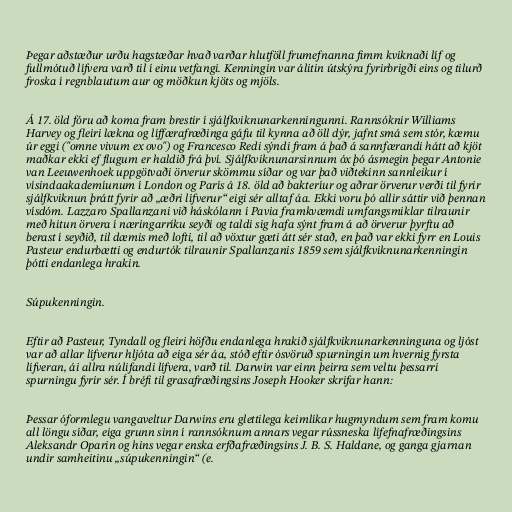
Þegar aðstæður urðu hagstæðar hvað varðar hlutföll frumefnanna fimm kviknaði líf og
fullmótuð lífvera varð til í einu vetfangi. Kenningin var álitin útskýra fyrirbrigði eins og tilurð
froska í regnblautum aur og möðkun kjöts og mjöls.

Á 17. öld fóru að koma fram brestir í sjálfkviknunarkenningunni. Rannsóknir Williams
Harvey og fleiri lækna og líffærafræðinga gáfu til kynna að öll dýr, jafnt smá sem stór, kæmu
úr eggi ("omne vivum ex ovo") og Francesco Redi sýndi fram á það á sannfærandi hátt að kjöt
maðkar ekki ef flugum er haldið frá því. Sjálfkviknunarsinnum óx þó ásmegin þegar Antonie
van Leeuwenhoek uppgötvaði örverur skömmu síðar og var það viðtekinn sannleikur í
vísindaakademíunum í London og París á 18. öld að bakteríur og aðrar örverur verði til fyrir
sjálfkviknun þrátt fyrir að „æðri lífverur“ eigi sér alltaf áa. Ekki voru þó allir sáttir við þennan
vísdóm. Lazzaro Spallanzani við háskólann í Pavia framkvæmdi umfangsmiklar tilraunir
með hitun örvera í næringarríku seyði og taldi sig hafa sýnt fram á að örverur þyrftu að
berast í seyðið, til dæmis með lofti, til að vöxtur gæti átt sér stað, en það var ekki fyrr en Louis
Pasteur endurbætti og endurtók tilraunir Spallanzanis 1859 sem sjálfkviknunarkenningin
þótti endanlega hrakin.

Súpukenningin.

Eftir að Pasteur, Tyndall og fleiri höfðu endanlega hrakið sjálfkviknunarkenninguna og ljóst
var að allar lífverur hljóta að eiga sér áa, stóð eftir ósvöruð spurningin um hvernig fyrsta
lífveran, ái allra núlifandi lífvera, varð til. Darwin var einn þeirra sem veltu þessarri
spurningu fyrir sér. Í bréfi til grasafræðingsins Joseph Hooker skrifar hann:

Þessar óformlegu vangaveltur Darwins eru glettilega keimlíkar hugmyndum sem fram komu
all löngu síðar, eiga grunn sinn í rannsóknum annars vegar rússneska lífefnafræðingsins
Aleksandr Oparin og hins vegar enska erfðafræðingsins J. B. S. Haldane, og ganga gjarnan
undir samheitinu „súpukenningin“ (e.